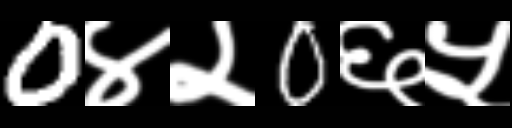
Text: 0४२0६५